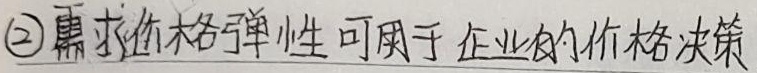
需求价格弹性可用于企业的价格决策